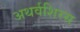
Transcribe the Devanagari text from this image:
अथर्वशिरस